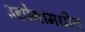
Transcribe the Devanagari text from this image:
उद्योगामधील